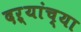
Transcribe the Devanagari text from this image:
दऱ्यांच्या